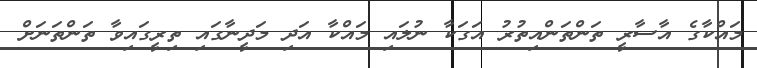
މައްކާގެ އާސާރީ ތަންތަންއިތުރު އަގަކާ ނުލައި މައްކާ އަދި މަދީނާގައި ތިރީގައިވާ ތަންތަނަށް